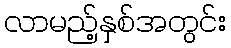
လာမည့်နှစ်အတွင်း